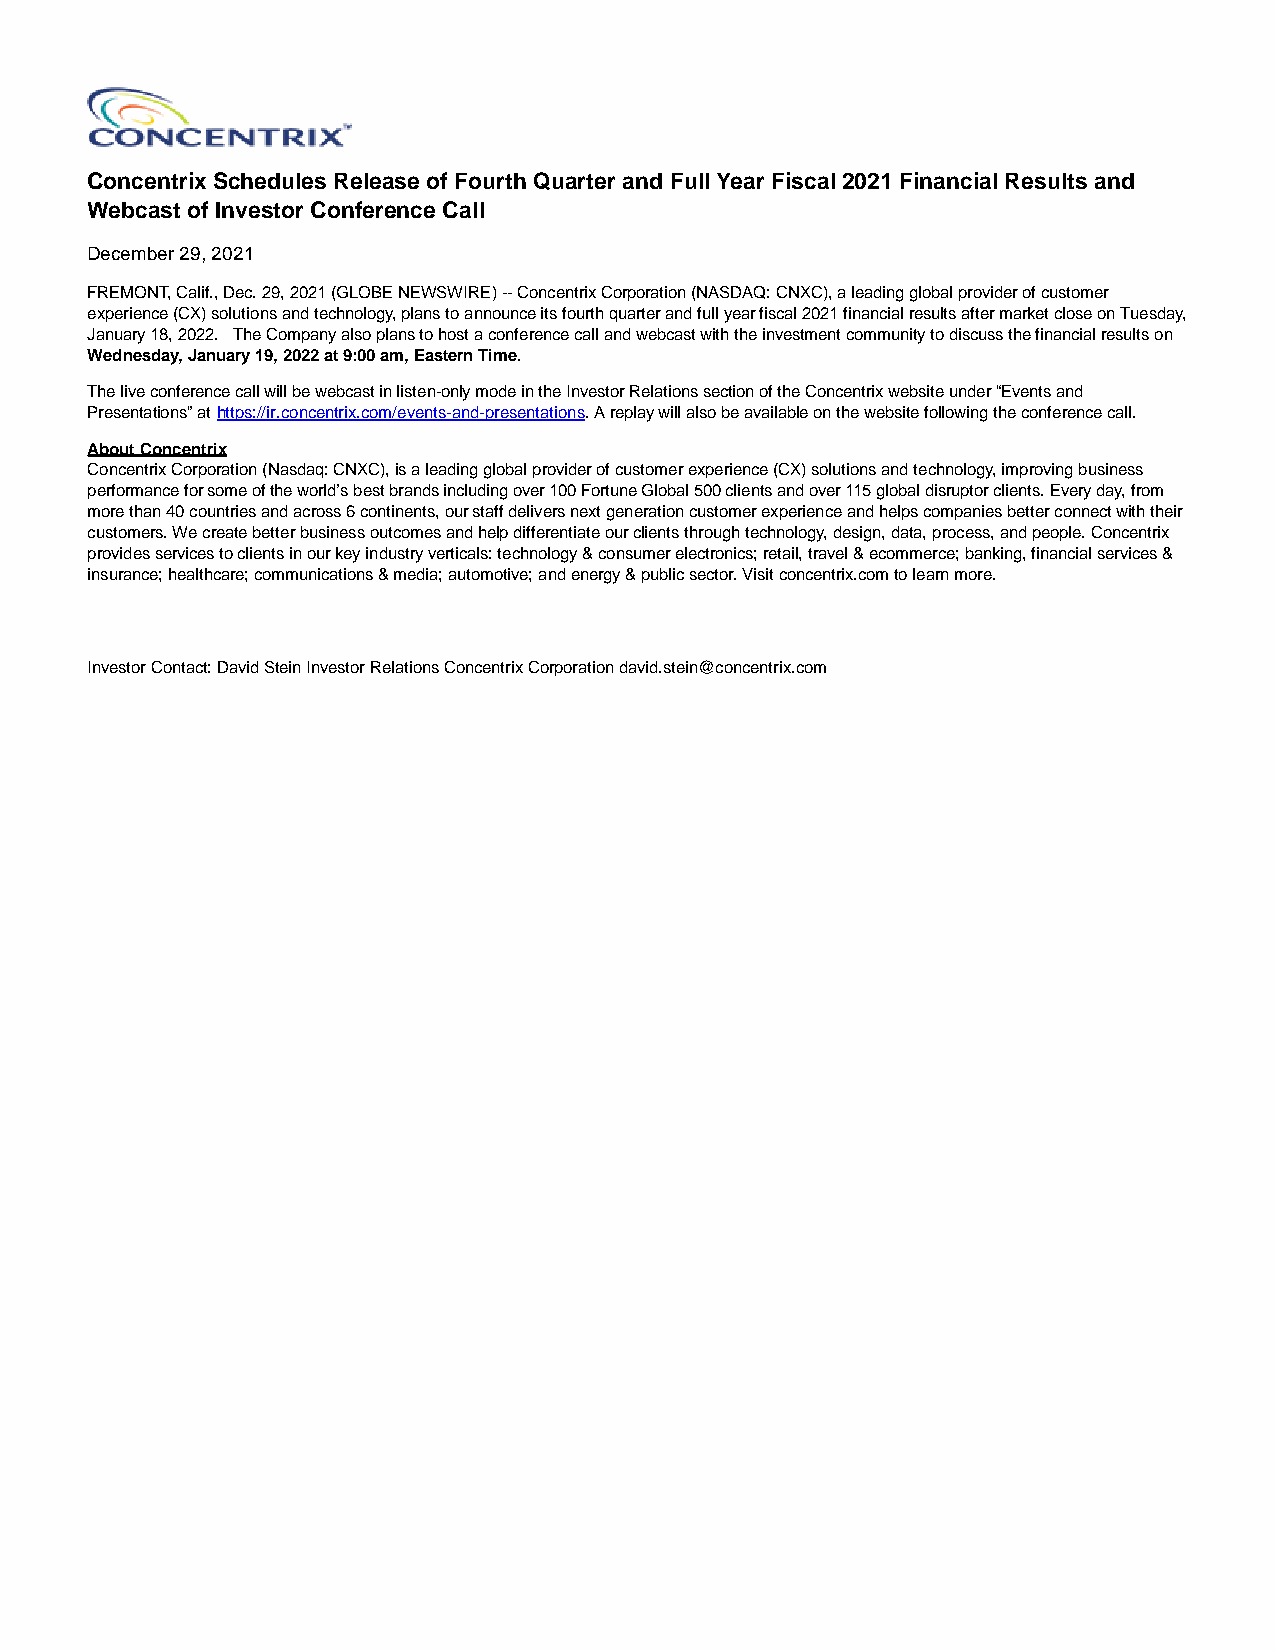
Concentrix Schedules Release of Fourth Quarter and Full Year Fiscal 2021 Financial Results and
 Webcast of Investor Conference Call
 December 29, 2021
 FREMONT, Calif., Dec. 29, 2021 (GLOBE NEWSWIRE) -- Concentrix Corporation (NASDAQ: CNXC), a leading global provider of customer
 experience (CX) solutions and technology, plans to announce its fourth quarter and full year fiscal 2021 financial results after market close on Tuesday,
 January 18, 2022. The Company also plans to host a conference call and webcast with the investment community to discuss the financial results on
 Wednesday, January 19, 2022 at 9:00 am, Eastern Time.
 The live conference call will be webcast in listen-only mode in the Investor Relations section of the Concentrix website under “Events and
 Presentations” at https://ir.concentrix.com/events-and-presentations. A replay will also be available on the website following the conference call.
 About Concentrix
 Concentrix Corporation (Nasdaq: CNXC), is a leading global provider of customer experience (CX) solutions and technology, improving business
 performance for some of the world’s best brands including over 100 Fortune Global 500 clients and over 115 global disruptor clients. Every day, from
 more than 40 countries and across 6 continents, our staff delivers next generation customer experience and helps companies better connect with their
 customers. We create better business outcomes and help differentiate our clients through technology, design, data, process, and people. Concentrix
 provides services to clients in our key industry verticals: technology & consumer electronics; retail, travel & ecommerce; banking, financial services &
 insurance; healthcare; communications & media; automotive; and energy & public sector. Visit concentrix.com to learn more.
 Investor Contact: David Stein Investor Relations Concentrix Corporation david.stein@concentrix.com